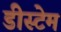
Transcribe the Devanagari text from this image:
डीस्टेम